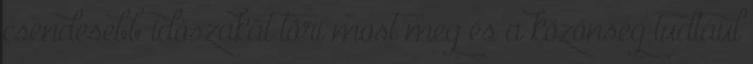
csendesebb időszakát töri most meg és a közönség tudtául